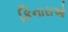
કિનારાઓ